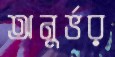
অনুর্ভর